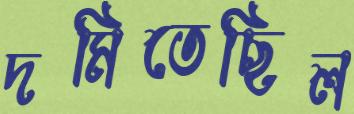
দমিতেছিল